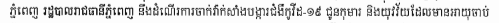
ភ្នំពេញ រដ្ឋបាលរាជធានីភ្នំពេញ ក្ននិងដំណើរការចាក់វ៉ាក់សាំងបង្ការជំងឺកូវីដ-១៩ ជូនកុមារ និងយុវវ័យដែលមានអាយុចាប់